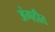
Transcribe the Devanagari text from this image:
अंगठीत